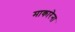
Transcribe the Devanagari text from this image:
माकारेना